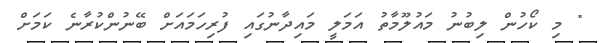
" މި ކޯހުން ލިބުނު މައުލޫމާތު އަމަލީ މައިދާނުގައި ފުރިހަމައަށް ބޭނުންކުރާނެ ކަމަށް